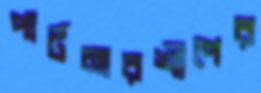
পার্টনারশীপের